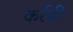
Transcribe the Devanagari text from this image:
कर्रही